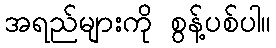
အရည်များကို စွန့်ပစ်ပါ။